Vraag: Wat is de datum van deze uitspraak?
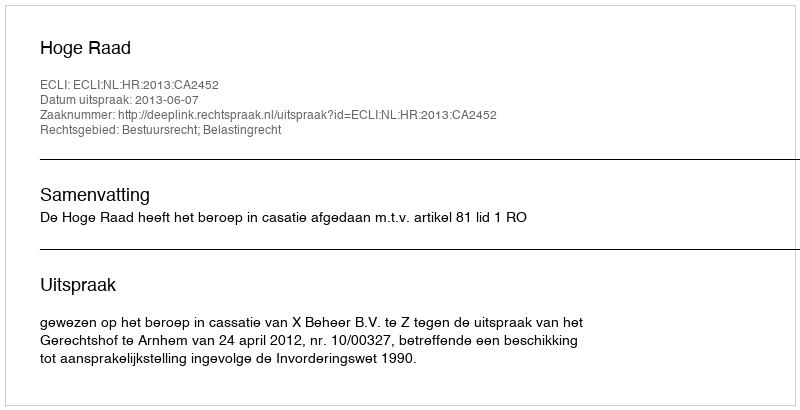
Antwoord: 2013-06-07